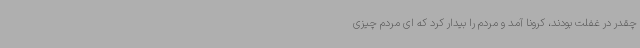
چقدر در غفلت بودند، کرونا آمد و مردم را بیدار کرد که ای مردم چیزی